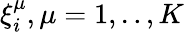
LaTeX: \xi_{i}^{\mu},\mu=1,..,K